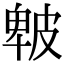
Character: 𤿾